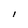
Character: l